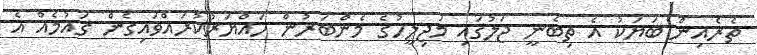
ތެރެއިން ބަޔަކު އެ ތިބެނީ ޖަލުގައި މަޖިލީހުގެ މެންބަރުން ހައްޔަރުކުރައްވައިގެން ގައުމެއް އެ